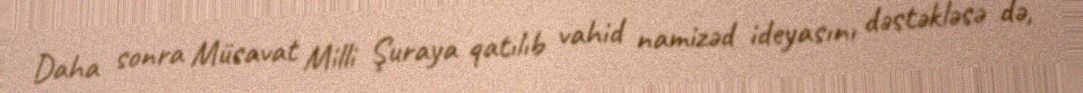
Daha sonra Müsavat Milli Şuraya qatılıb vahid namizəd ideyasını dəstəkləsə də,